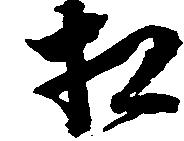
相